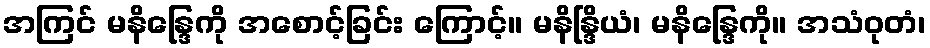
အကြင် မနိန္ဒြေကို အစောင့်ခြင်း ကြောင့်။ မနိန္ဒြိယံ၊ မနိန္ဒြေကို။ အသံဝုတံ၊